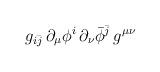
LaTeX: \begin{align*}g_{i\bar j}\,\partial_\mu\phi^i\, \partial_\nu\bar\phi^{\bar j}\, g^{\mu\nu} \,\end{align*}